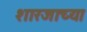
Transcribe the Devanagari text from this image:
शारजाच्या